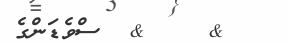
&    &  ސްވެޑަންގެ